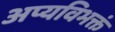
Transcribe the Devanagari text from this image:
अप्यविभक्तं